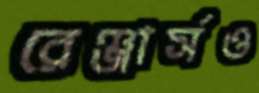
রেঞ্জার্সও